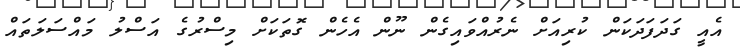
އެއީ ގަދަފަދަކަން ކުރިއަށް ނެރުއްވައިގެން ނޫން އެހެން ގޮތަކަށް މިސްރުގެ އަސްލު މައްސަލަތައް